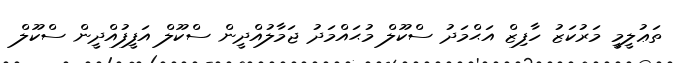
ތަޢުލީމީ މަރުކަޒު ހާފިޒް އަޙްމަދު ސްކޫލް މުޙައްމަދު ޖަމާލުއްދީން ސްކޫލް އަފީފުއްދީން ސްކޫލް